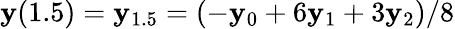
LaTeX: \mathbf{y}(1.5)=\mathbf{y}_{1.5}=(-\mathbf{y}_{0}+6\mathbf{y}_{1}+3\mathbf{y}_{2})/8